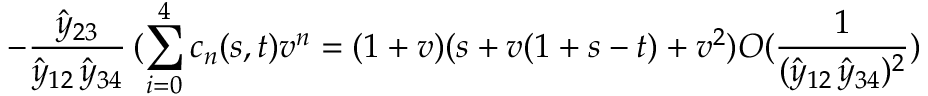
- \frac { \hat { y } _ { 2 3 } } { \hat { y } _ { 1 2 } \, \hat { y } _ { 3 4 } } \, ( \sum _ { i = 0 } ^ { 4 } c _ { n } ( s , t ) v ^ { n } = ( 1 + v ) ( s + v ( 1 + s - t ) + v ^ { 2 } ) O ( \frac { 1 } { ( \hat { y } _ { 1 2 } \, \hat { y } _ { 3 4 } ) ^ { 2 } } )